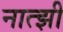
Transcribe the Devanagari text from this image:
नात्झी